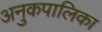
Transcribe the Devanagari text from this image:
अनुकपालिका